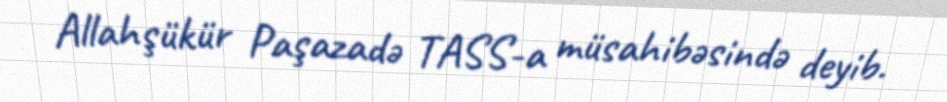
Allahşükür Paşazadə TASS-a müsahibəsində deyib.